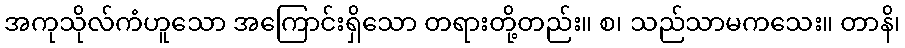
အကုသိုလ်ကံဟူသော အကြောင်းရှိသော တရားတို့တည်း။ စ၊ သည်သာမကသေး။ တာနိ၊